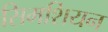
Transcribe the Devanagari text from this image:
सिमशियन